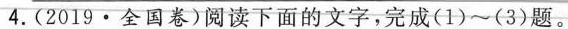
4. (2019·全国卷)阅读下面的文字，完成(1)~(3)题。